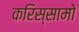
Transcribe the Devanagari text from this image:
करिस्सामो